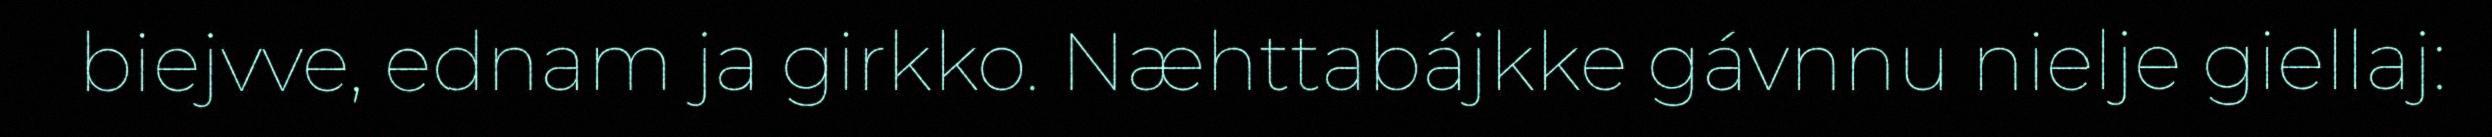
biejvve, ednam ja girkko. Næhttabájkke gávnnu nielje giellaj: